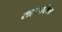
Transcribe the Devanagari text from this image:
सहलेखित